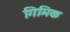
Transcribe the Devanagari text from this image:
गिमिक